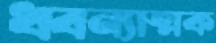
ধ্বন্যাত্মক